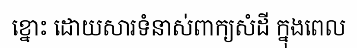
ខ្នោះ ដោយសារទំនាស់ពាក្យសំដី ក្នុងពេល